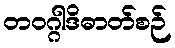
တဝဂ္ဂါဒိဓာတ်စဉ်